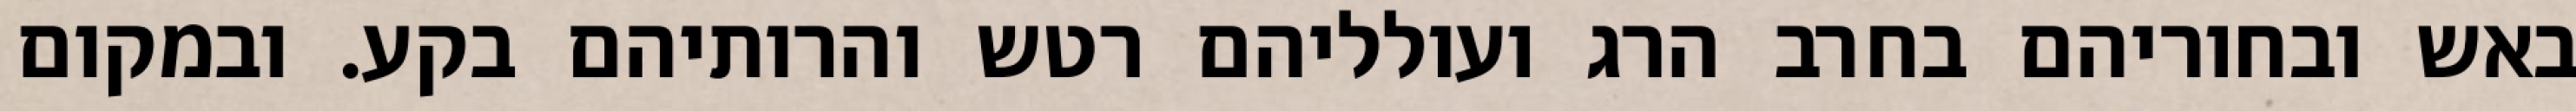
באש ובחוריהם בחרב הרג ועולליהם רטש והרותיהם בקע. ובמקום